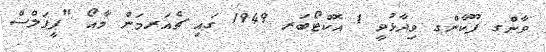
ވާންގ ފޫކާންގ ވިދާޅުވީ 1 އޮކްޓޯބަރ 1949 ގައި ޗެއަރމަން މާއޯ "ޕީޕަލްސް